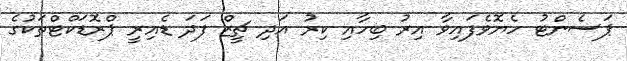
ޕަސެންޓު ހެޔޮވެފައިވާ އިރު ބިހާއި ކިރު އަދި ޗީޒް ފަދަ ޑެއިރީ ޕްރޮޑަކްޓްތަކުގެ